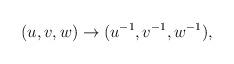
LaTeX: \begin{align*}(u,v,w) \to (u^{-1},v^{-1},w^{-1}) ,\end{align*}